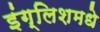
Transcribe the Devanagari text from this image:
इंग्लिशमधे